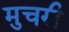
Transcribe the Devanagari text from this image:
मुचरी